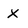
Character: X